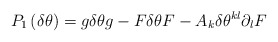
\begin{align*}P_{1}\left( \delta \theta \right) =g\delta \theta g-F\delta \theta F-A_{k}\delta \theta ^{kl}\partial _{l}F\end{align*}